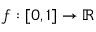
f : [ 0 , 1 ] \to \mathbb { R }